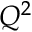
Q ^ { 2 }